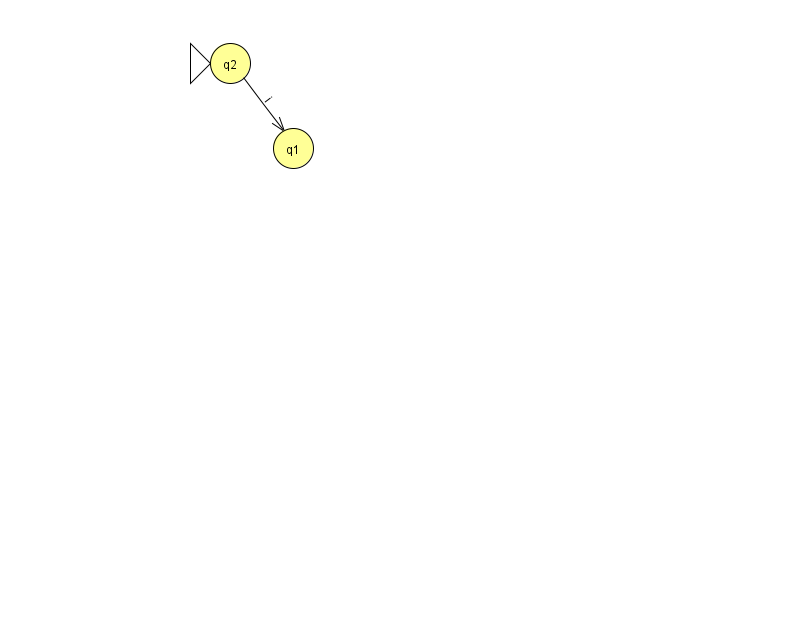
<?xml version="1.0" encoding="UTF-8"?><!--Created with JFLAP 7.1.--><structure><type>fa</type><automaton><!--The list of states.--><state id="1" name="q1"><x>293.0</x><y>135.0</y></state><state id="2" name="q2"><x>230.0</x><y>50.0</y><initial/></state><!--The list of transitions.--><transition><from>2</from><to>1</to><read>i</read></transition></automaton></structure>